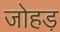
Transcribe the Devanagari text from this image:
जोहड़